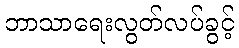
ဘာသာရေးလွတ်လပ်ခွင့်